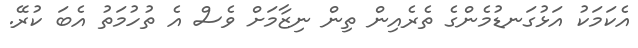
އެކަމަކު އަޅުގަނޑުމެންގެ ތެރެއިން ތިން ނިޒާމަށް ވެސް އެ ތުހުމަތު އެބަ ކުރޭ.